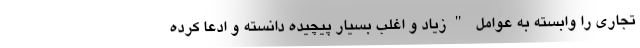
تجاری را وابسته به عوامل "زیاد و اغلب بسیار پیچیده دانسته و ادعا کرده